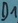
Text: D1